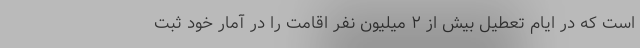
است که در ایام تعطیل بیش از ۲ میلیون نفر اقامت را در آمار خود ثبت